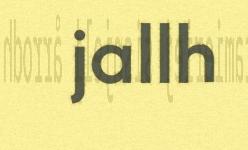
jallh